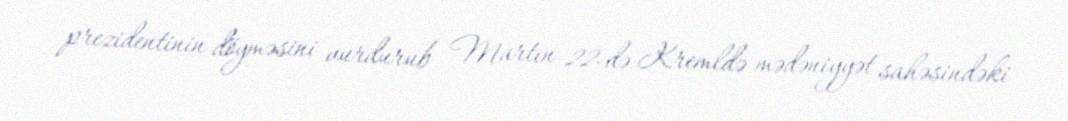
prezidentinin döyməsini vurdurub Martın 22-də Kremldə mədəniyyət sahəsindəki